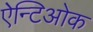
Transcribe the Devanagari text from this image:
ऐन्टिओक